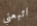
اتبعني